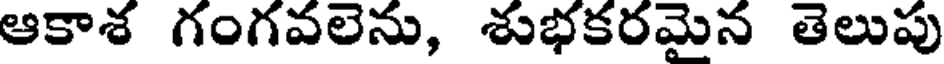
ఆకాశ గంగవలెను, శుభకరమైన తెలుపు